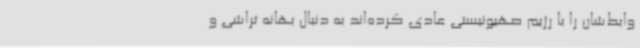
وابط‌شان را با رژیم صهیونیستی عادی کرده‌اند به دنبال بهانه تراشی و